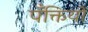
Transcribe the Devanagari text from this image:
पँक्तियों